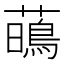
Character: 𧁢